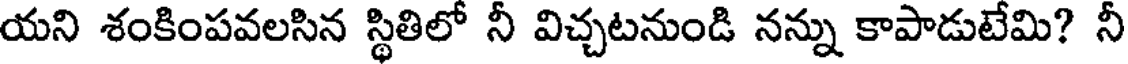
యని శంకింపవలసిన స్థితిలో నీ విచ్చటనుండి నన్ను కాపాడుటేమి? నీ